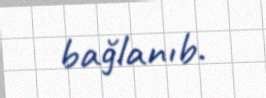
bağlanıb.